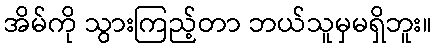
အိမ်ကို သွားကြည့်တာ ဘယ်သူမှမရှိဘူး။